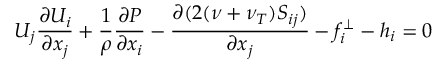
U _ { j } \frac { \partial U _ { i } } { \partial x _ { j } } + \frac { 1 } { \rho } \frac { \partial P } { \partial x _ { i } } - \frac { \partial ( 2 ( \nu + \nu _ { T } ) S _ { i j } ) } { \partial x _ { j } } - f _ { i } ^ { \perp } - h _ { i } = 0